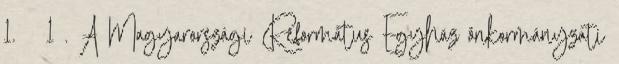
1. § 1 . A Magyarországi Református Egyház önkormányzati